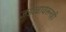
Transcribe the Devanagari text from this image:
जडत्वावरूनही